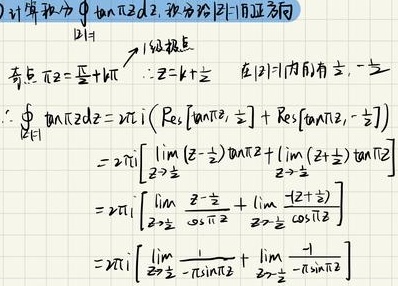
计算积分\(\oint_{|z| = 1} \tan \pi z \mathrm{d}z\)，积分沿\(|z| = 1\)正方向。

\(|z| = 1\)的奇点满足\(\pi z=\frac{\pi}{2}+k\pi\)，\(\therefore z = k+\frac{1}{2}\)。

\(\because\)在\(|z| = 1\)内有\(\frac{1}{2}\)，\(-\frac{1}{2}\)。

\(\begin{align*}
\therefore \oint_{|z| = 1} \tan \pi z \mathrm{d}z &= 2\pi \mathrm{i}\left(\mathrm{Res}\left[\tan \pi z,\frac{1}{2}\right]+\mathrm{Res}\left[\tan \pi z,-\frac{1}{2}\right]\right)\\
&=2\pi \mathrm{i}\left[\lim_{z \to \frac{1}{2}} \left(z - \frac{1}{2}\right)\tan \pi z+\lim_{z \to -\frac{1}{2}} \left(z + \frac{1}{2}\right)\tan \pi z\right]\\
&=2\pi \mathrm{i}\left[\lim_{z \to \frac{1}{2}} \frac{z - \frac{1}{2}}{\cot \pi z}+\lim_{z \to -\frac{1}{2}} \frac{z + \frac{1}{2}}{\cot \pi z}\right]\\
&=2\pi \mathrm{i}\left[\lim_{z \to \frac{1}{2}} \frac{1}{-\pi \csc^2 \pi z}+\lim_{z \to -\frac{1}{2}} \frac{1}{-\pi \csc^2 \pi z}\right]
\end{align*}\)